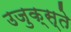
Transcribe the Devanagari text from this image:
उजुक्स्ते